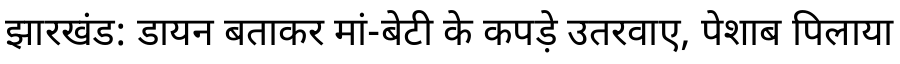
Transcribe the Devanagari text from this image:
झारखंड: डायन बताकर मां-बेटी के कपड़े उतरवाए, पेशाब पिलाया